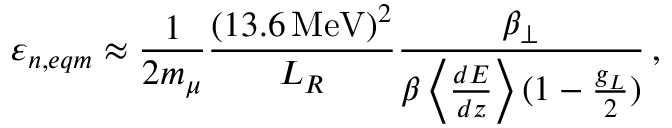
\varepsilon _ { n , e q m } \approx \frac { 1 } { 2 m _ { \mu } } \frac { ( 1 3 . 6 \, \mathrm { { M e V } } ) ^ { 2 } } { L _ { R } } \frac { \beta _ { \perp } } { \beta \left< \frac { d E } { d z } \right> ( 1 - \frac { g _ { L } } { 2 } ) } \, ,